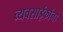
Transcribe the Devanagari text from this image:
व्यवसाईकांना